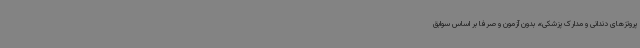
پروتزهای دندانی و مدارک پزشکی»، بدون آزمون و صرفاً بر اساس سوابق